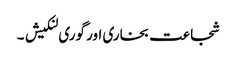
شجاعت بخاری اور گوری لنکیش ۔